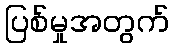
ပြစ်မှုအတွက်